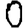
Digit: 0